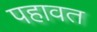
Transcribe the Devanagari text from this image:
पहावत